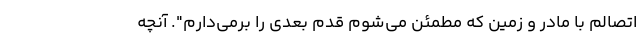
اتصالم با مادر و زمین که مطمئن می‌شوم قدم بعدی را برمی‌دارم". آنچه